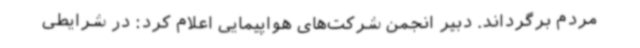
مردم برگرداند. دبیر انجمن شرکت‌های هواپیمایی اعلام کرد: در شرایطی